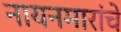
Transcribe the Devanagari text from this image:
नायनमारांचे